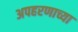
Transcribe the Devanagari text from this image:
अपहरणाच्या